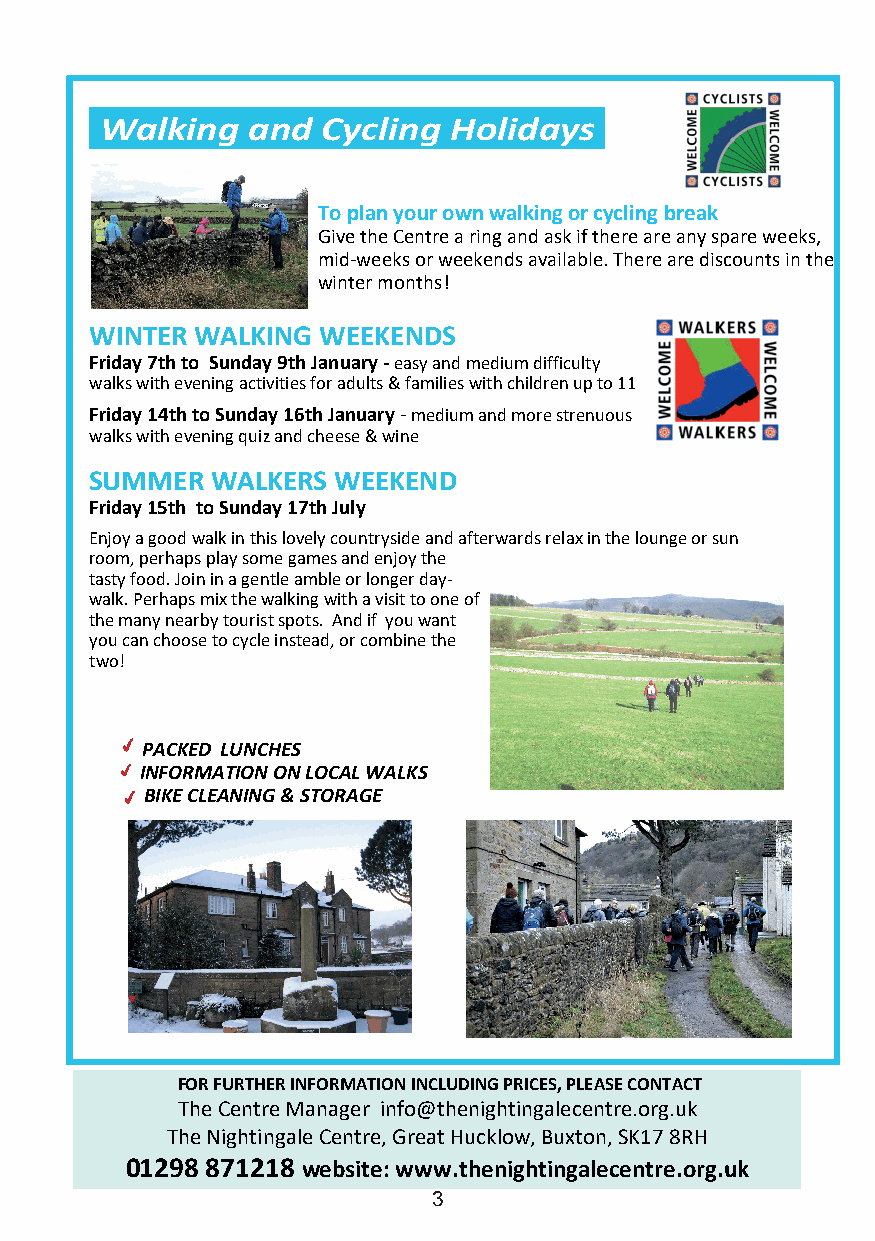
Walking  and  Cycling  Holidays
 To plan your own walking or cycling break
 Give the Centre a ring and ask if there are any spare weeks,
 mid-weeks or weekends available. There are discounts in the
 winter months!
 WINTER WALKING WEEKENDS
 Friday 7th to Sunday 9th January -easy and medium difficulty
 walks with evening activities for adults & families with children up to 11
 Friday 14th to Sunday 16th January-medium and more strenuous
 walks with evening quiz and cheese & wine
 SUMMER  WALKERS WEEKEND
 Friday 15th to Sunday 17th July
 Enjoy a good walk in this lovely countryside and afterwards relax in the lounge or sun
 room, perhaps play some games and enjoy the
 tasty food. Join in a gentle amble or longer day-
 walk. Perhaps mix the walking with a visit to one of
 the many nearby tourist spots. And if you want
 you can choose to cycle instead, or combine the
 two!
 PACKED LUNCHES
 INFORMATION ON LOCAL WALKS
 BIKE CLEANING & STORAGE
 FOR FURTHER INFORMATION INCLUDING PRICES, PLEASE CONTACT
 The Centre Manager info@thenightingalecentre.org.uk
 The Nightingale Centre, Great Hucklow, Buxton, SK17 8RH
 01298 871218 website: www.thenightingalecentre.org.uk
 3